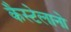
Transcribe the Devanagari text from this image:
कैस्टेलानो